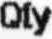
QTY